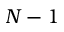
N - 1